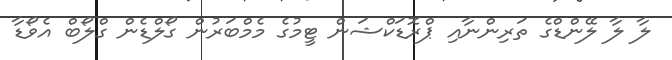
ލާ ލާ ލޭންޑްގެ ތަރިންނާއި ޕްރޮޑަކްޝަން ޓީމުގެ މެމްބަރުން ގޯލްޑެން ގްލޯބް އެވޯޑާ